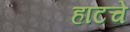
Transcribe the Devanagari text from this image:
हाटचे